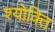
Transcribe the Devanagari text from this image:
श्योक्ति